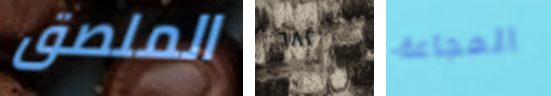
الملصق ٦٨٢ المجاعة